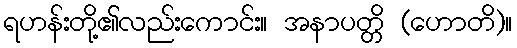
ရဟန်းတို့၏လည်းကောင်း။ အနာပတ္တိ (ဟောတိ)။